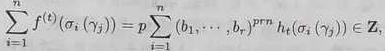
$\prod_{i=1}^{n} f^{(\ell)}\left(\sigma_{i}\left(\gamma_{j}\right)\right)=p \sum_{i=1}^{n}\left(b_{1}, \cdots, b_{r}\right)^{p r \eta} h_{\ell}\left(\sigma_{i}\left(\gamma_{j}\right)\right) \in \mathbf{Z},$